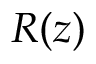
R ( z )